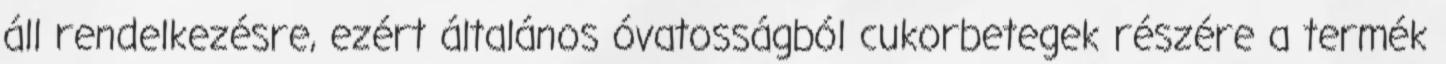
áll rendelkezésre, ezért általános óvatosságból cukorbetegek részére a termék